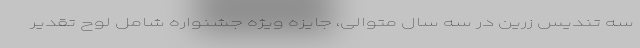
سه تندیس زرین در سه سال متوالی، جایزه ویژه جشنواره شامل لوح تقدیر